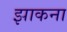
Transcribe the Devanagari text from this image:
झाकना